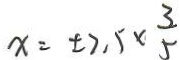
x = \pm 7 , 5 \times \frac { 3 } { 5 }